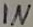
Text: IN